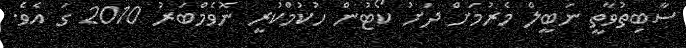
ސާބިތުވާތީ ނަބީލް މެރުމަށް ދަށު ކޯޓުން ހުކުމްކުރީ ނޮވެމްބަރު 2010 ގަ އެވެ.